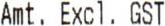
AMT. EXCL. GST